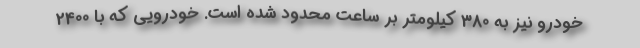
خودرو نیز به 380 کیلومتر بر ساعت محدود شده است. خودرویی که با 2400